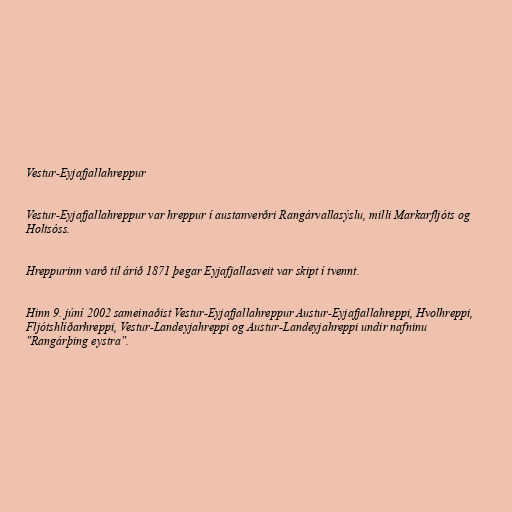
Vestur-Eyjafjallahreppur

Vestur-Eyjafjallahreppur var hreppur í austanverðri Rangárvallasýslu, milli Markarfljóts og
Holtsóss.

Hreppurinn varð til árið 1871 þegar Eyjafjallasveit var skipt í tvennt.

Hinn 9. júní 2002 sameinaðist Vestur-Eyjafjallahreppur Austur-Eyjafjallahreppi, Hvolhreppi,
Fljótshlíðarhreppi, Vestur-Landeyjahreppi og Austur-Landeyjahreppi undir nafninu
"Rangárþing eystra".